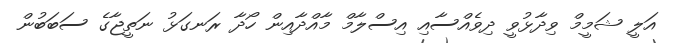
އަލީ ޝަމީމް ވިދާޅުވީ ދިވެއްސާއި އިސްލާމް މާއްދާއިން ހޯދާ ރަނގަޅު ނަތީޖާގެ ސަބަބުން